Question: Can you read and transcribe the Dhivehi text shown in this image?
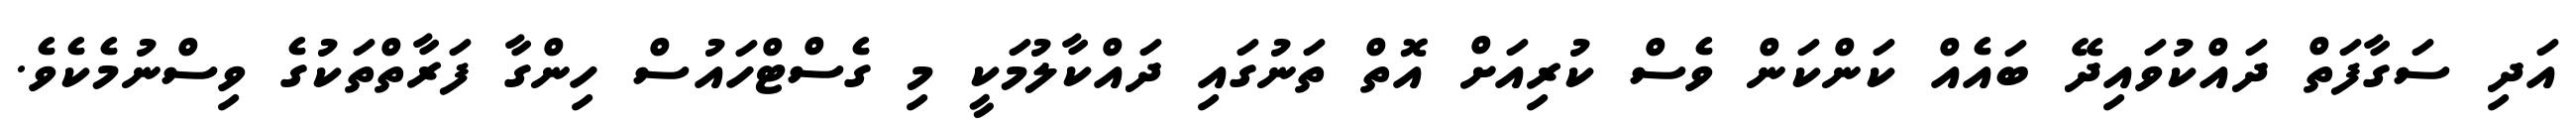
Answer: އަދި ސަގާފަތް ދައްކުވައިދޭ ބައެއް ކަންކަން ވެސް ކުރިއަށް އޮތް ތަނުގައި ދައްކާލުމަކީ މި ގެސްޓްހައުސް ހިންގާ ފަރާތްތަކުގެ ވިސްނުމެކެވެ.